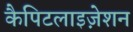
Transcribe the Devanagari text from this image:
कैपिटलाइज़ेशन